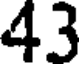
43